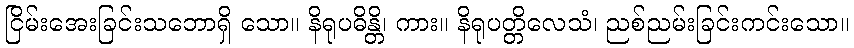
ငြိမ်းအေးခြင်းသဘောရှိ သော။ နိရုပဓိန္တိ၊ ကား။ နိရုပတ္တိလေသံ၊ ညစ်ညမ်းခြင်းကင်းသော။